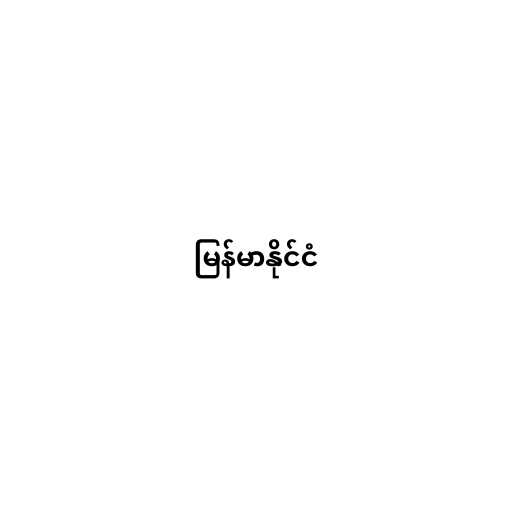
မြန်မာနိုင်ငံ